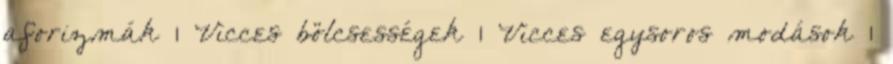
aforizmák 1 Vicces bölcsességek 1 Vicces egysoros modások 1